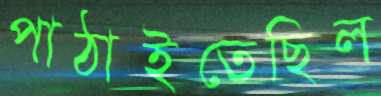
পাঠাইতেছিল